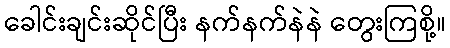
ခေါင်းချင်းဆိုင်ပြီး နက်နက်နဲနဲ တွေးကြစို့။